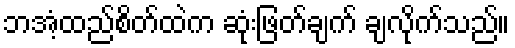
ဘအံ့ထည်စိတ်ထဲက ဆုံးဖြတ်ချက် ချလိုက်သည်။